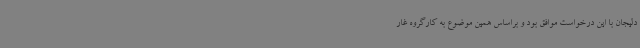
دلیجان با این درخواست موافق بود و براساس همین موضوع به کارگروه غار